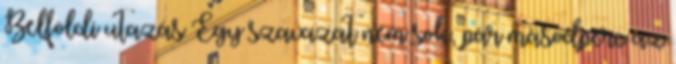
Belföldi utazás Egy szavazat nem sok, pár másodperc az